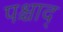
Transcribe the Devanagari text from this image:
पश्चाद्